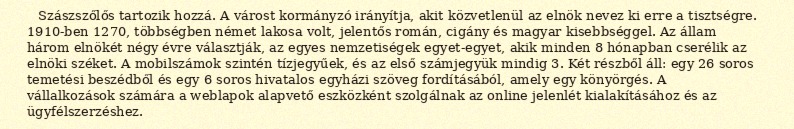
Szászszőlős tartozik hozzá. A várost kormányzó irányítja, akit közvetlenül az elnök nevez ki erre a tisztségre. 1910-ben 1270, többségben német lakosa volt, jelentős román, cigány és magyar kisebbséggel. Az állam három elnökét négy évre választják, az egyes nemzetiségek egyet-egyet, akik minden 8 hónapban cserélik az elnöki széket. A mobilszámok szintén tízjegyűek, és az első számjegyük mindig 3. Két részből áll: egy 26 soros temetési beszédből és egy 6 soros hivatalos egyházi szöveg fordításából, amely egy könyörgés. A vállalkozások számára a weblapok alapvető eszközként szolgálnak az online jelenlét kialakításához és az ügyfélszerzéshez.